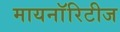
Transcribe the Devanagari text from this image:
मायनाॅरिटीज